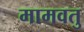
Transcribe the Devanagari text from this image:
मामवतु